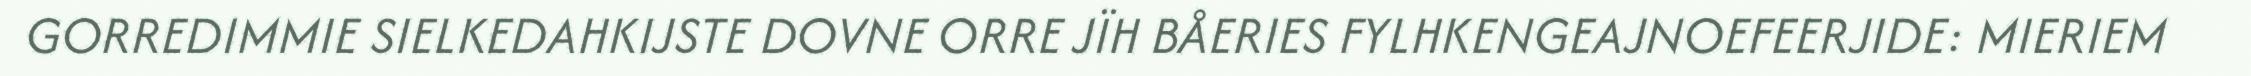
GORREDIMMIE SIELKEDAHKIJSTE DOVNE ORRE JÏH BÅERIES FYLHKENGEAJNOEFEERJIDE: MIERIEM